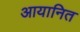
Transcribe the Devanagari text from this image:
आयानित